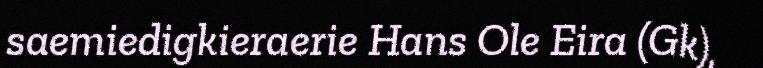
saemiedigkieraerie Hans Ole Eira (Gk),